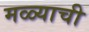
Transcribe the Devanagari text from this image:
मळ्याची